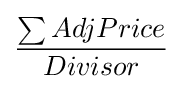
{\frac {\sum AdjPrice}{Divisor}}